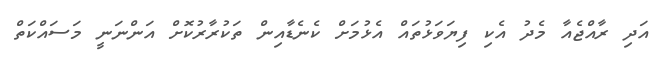
އަދި ރާއްޖެއާ މެދު އެކި ފިޔަވަޅުތައް އެޅުމަށް ކެނެޑާއިން ތަކުރާރުކޮށް އަންނަނީ މަސައްކަތް